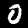
Label: 0